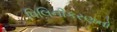
વિલિનીકરણનો